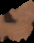
e